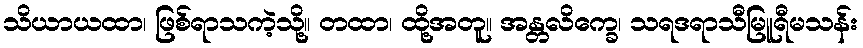
သိယာယထာ၊ ဖြစ်ရာသကဲ့သို့။ တထာ၊ ထို့အတူ။ အန္တလိက္ခေ၊ သရဒရာသီမြူရီမသန်း